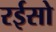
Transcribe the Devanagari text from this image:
रईसो